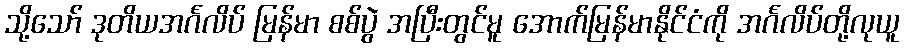
သို့သော် ဒုတိယအင်္ဂလိပ် မြန်မာ စစ်ပွဲ အပြီးတွင်မူ အောက်မြန်မာနိုင်ငံကို အင်္ဂလိပ်တို့လုယူ